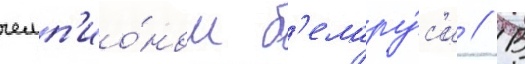
чемп'ио́ном б'елару́с'и // В